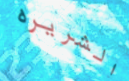
الشريره